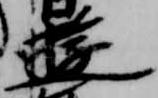
遊